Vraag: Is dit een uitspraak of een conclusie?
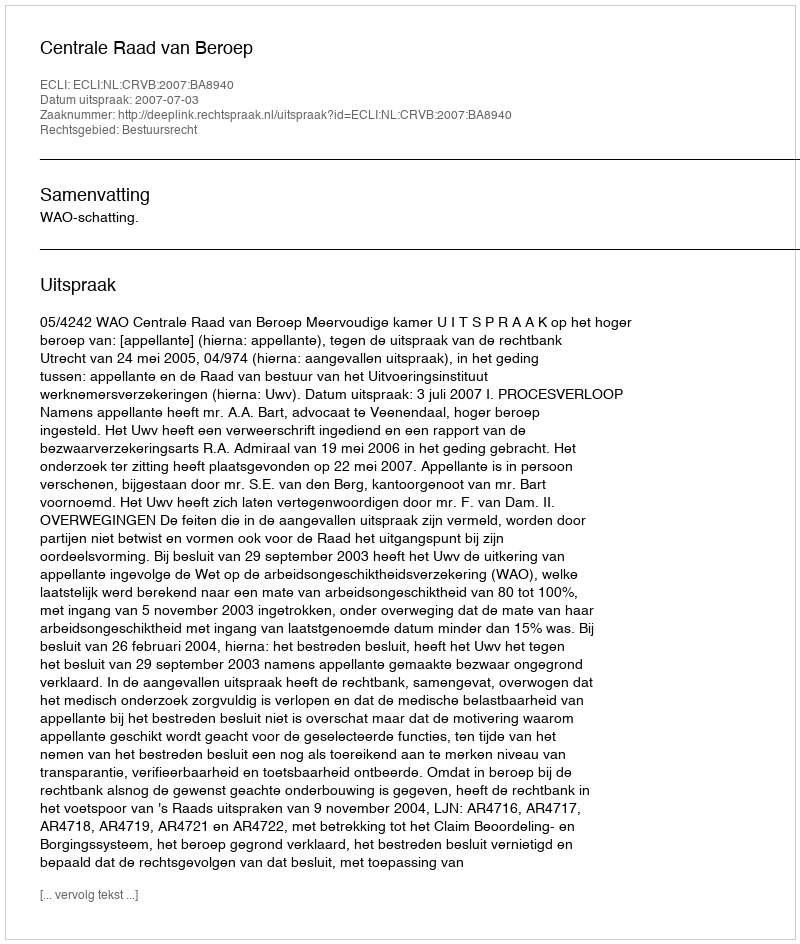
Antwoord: Uitspraak